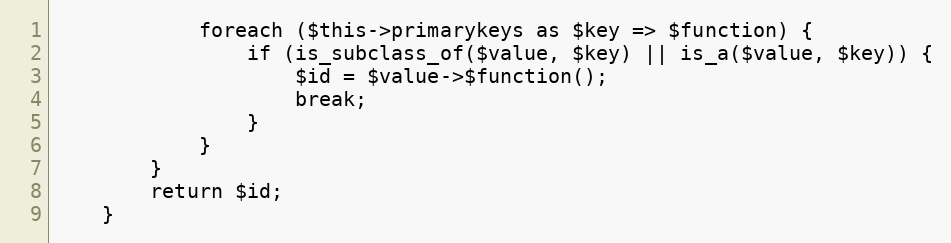
Language: PHP
            foreach ($this->primarykeys as $key => $function) {
                if (is_subclass_of($value, $key) || is_a($value, $key)) {
                    $id = $value->$function();
                    break;
                }
            }
        }
        return $id;
    }